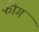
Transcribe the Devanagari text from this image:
फीग